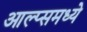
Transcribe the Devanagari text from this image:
आल्प्समध्ये